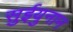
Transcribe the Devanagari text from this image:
सुईयुनान